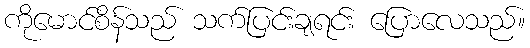
ကိုမောင်စိန်သည် သက်ပြင်းချရင်း ပြောလေသည်။